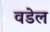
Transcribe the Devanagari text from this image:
वडेल